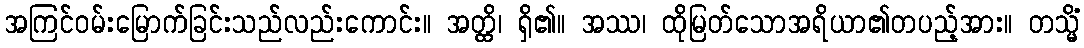
အကြင်ဝမ်းမြောက်ခြင်းသည်လည်းကောင်း။ အတ္ထိ၊ ရှိ၏။ အဿ၊ ထိုမြတ်သောအရိယာ၏တပည့်အား။ တသ္မိံ